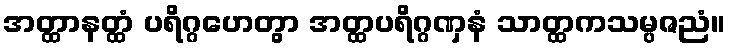
အတ္ထာနတ္ထံ ပရိဂ္ဂဟေတွာ အတ္ထပရိဂ္ဂဏှနံ သာတ္ထကသမ္ပဇညံ။